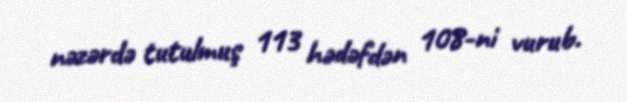
nəzərdə tutulmuş 113 hədəfdən 108-ni vurub.